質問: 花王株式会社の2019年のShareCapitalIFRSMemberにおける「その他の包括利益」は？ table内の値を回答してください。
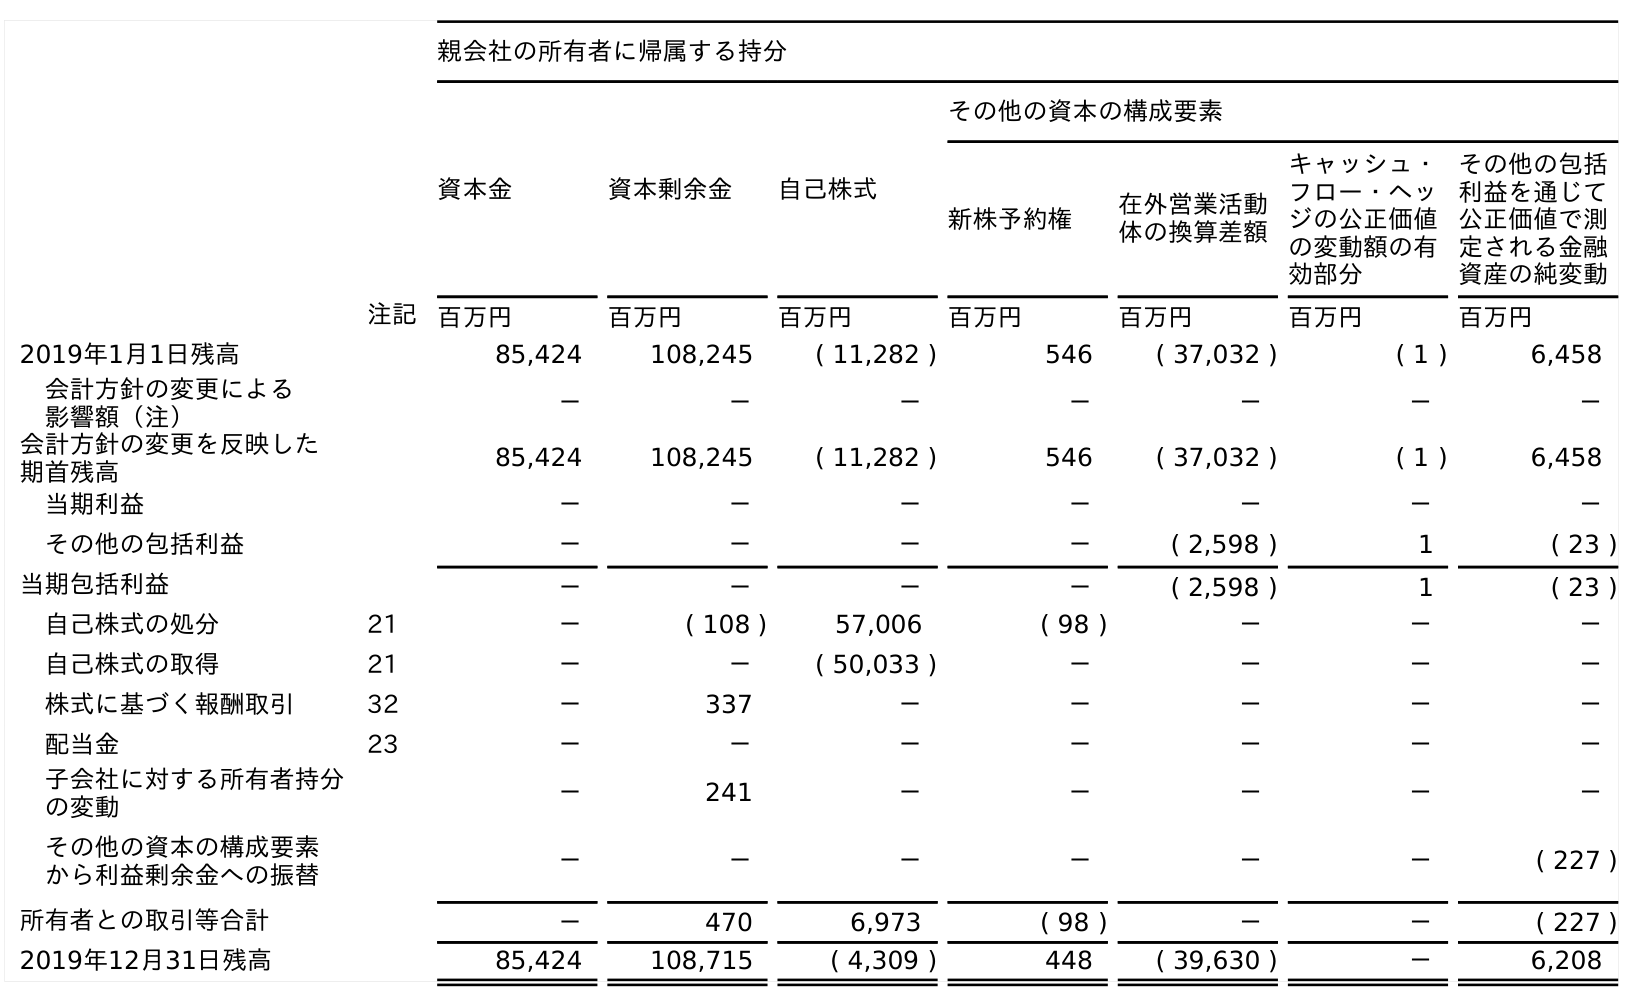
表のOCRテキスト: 親会社の所有者に帰属する持分 資本金 資本剰余金 自己株式 その他の資本の構成要素 新株予約権 在外営業活動 体の換算差額 キャッシュ・ フロー・ヘッ ジの公正価値 の変動額の有 効部分 その他の包括 利益を通じて 公正価値で測 定される金融 資産の純変動 注記 百万円 百万円 百万円 百万円 百万円 百万円 百万円 2019年1月1日残高 85,424 108,245 ( 11,282 ) 546 ( 37,032 ) ( 1 ) 6,458 会計方針の変更による 影響額（注） － － － － － － － 会計方針の変更を反映した 期首残高 85,424 108,245 ( 11,282 ) 546 ( 37,032 ) ( 1 ) 6,458 当期利益 － － － － － － － その他の包括利益 － － － － ( 2,598 ) 1 ( 23 ) 当期包括利益 － － － － ( 2,598 ) 1 ( 23 ) 自己株式の処分 21 － ( 108 ) 57,006 ( 98 ) － － － 自己株式の取得 21 － － ( 50,033 ) － － － － 株式に基づく報酬取引 32 － 337 － － － － － 配当金 23 － － － － － － － 子会社に対する所有者持分 の変動 － 241 － － － － － その他の資本の構成要素 から利益剰余金への振替 － － － － － － ( 227 ) 所有者との取引等合計 － 470 6,973 ( 98 ) － － ( 227 ) 2019年12月31日残高 85,424 108,715 ( 4,309 ) 448 ( 39,630 ) － 6,208
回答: －